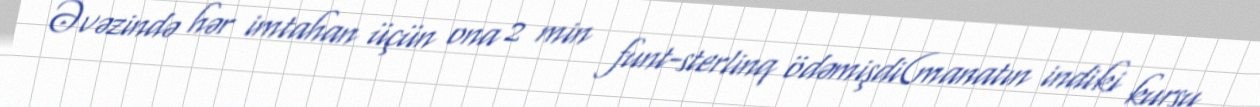
Əvəzində hər imtahan üçün ona 2 min funt-sterlinq ödəmişdi(manatın indiki kursu